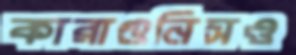
কারাগুনিসও